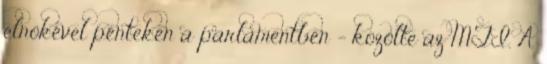
elnökével pénteken a parlamentben - közölte az MTI. A